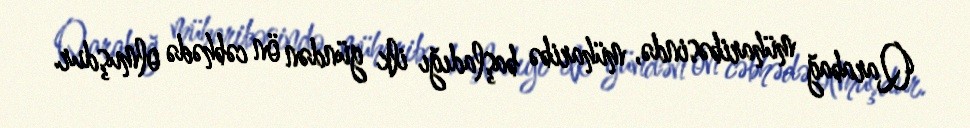
Qarabağ müharibəsində, müharibə başladığı ilk gündən ön cəbhədə olmuşdur.